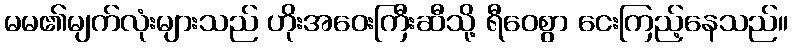
မမ၏မျက်လုံးများသည် ဟိုးအဝေးကြီးဆီသို့ ရီဝေစွာ ငေးကြည့်နေသည်။